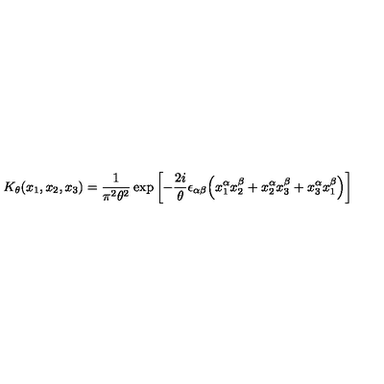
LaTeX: K _ { \theta } ( x _ { 1 } , x _ { 2 } , x _ { 3 } ) = \frac { 1 } { \pi ^ { 2 } \theta ^ { 2 } } \exp \left[ - \frac { 2 i } { \theta } \epsilon _ { \alpha \beta } \Bigl ( x _ { 1 } ^ { \alpha } x _ { 2 } ^ { \beta } + x _ { 2 } ^ { \alpha } x _ { 3 } ^ { \beta } + x _ { 3 } ^ { \alpha } x _ { 1 } ^ { \beta } \Bigr ) \right]